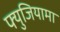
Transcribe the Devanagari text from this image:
फ्युजियामा